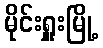
မိုင်းရှူးမြို့